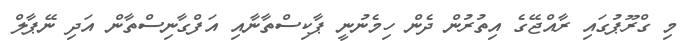
މި ގްރޫޕުގައި ރާއްޖޭގެ އިތުރުން ދެން ހިމެނުނީ ޕާކިސްތާނާއި އަފްގާނިސްތާން އަދި ނޭޕާލް